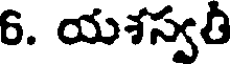
6. యశస్వతీ